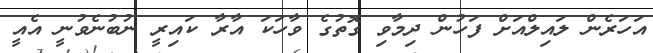
އަހަރެން ލައިލްއަށް ފަހުން ދިމާވި ގޮތުގެ ވާހަކަ އާރާ ކައިރީ ނުބުނެވުނީ އެއީ